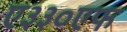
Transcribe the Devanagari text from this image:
ए३३०एफ